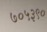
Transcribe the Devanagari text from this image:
७०५३९०